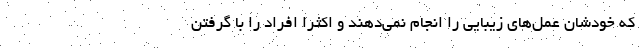
که خودشان عمل‌های زیبایی را انجام نمی‌دهند و اکثرا افراد را با گرفتن